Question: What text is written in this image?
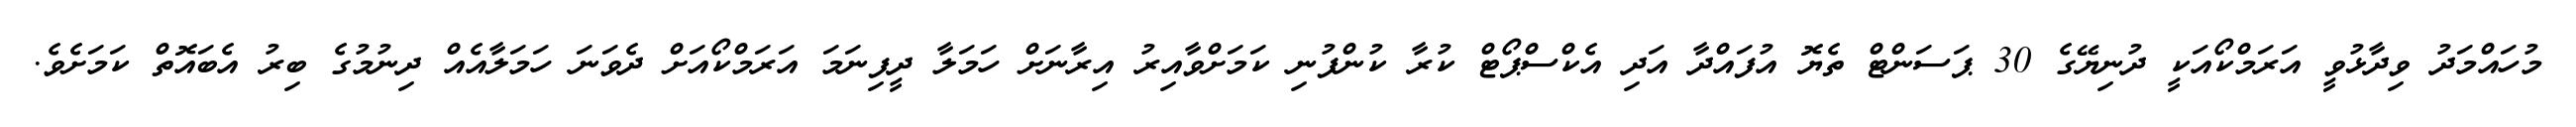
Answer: މުހައްމަދު ވިދާޅުވީ އަރަމްކޯއަކީ ދުނިޔޭގެ 30 ޕަސަންޓް ތެޔޮ އުފައްދާ އަދި އެކްސްޕޯޓް ކުރާ ކުންފުނި ކަމަށްވާއިރު އިރާނަށް ހަމަލާ ދީފިނަމަ އަރަމްކޯއަށް ދެވަނަ ހަމަލާއެއް ދިނުމުގެ ބިރު އެބައޮތް ކަމަށެވެ.